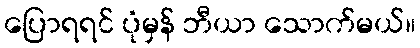
ပြောရရင် ပုံမှန် ဘီယာ သောက်မယ်။